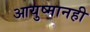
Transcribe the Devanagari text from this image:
आयुष्मानही